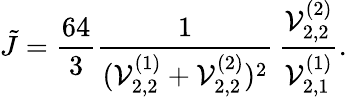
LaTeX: \tilde{J}=\frac{64}{3}\frac{1}{({\cal V}_{2,2}^{(1)}+{\cal V}_{2,2}^{(2)})^{2}}\, \frac{{\cal V}_{2,2}^{(2)}}{{\cal V}_{2,1}^{(1)}}.